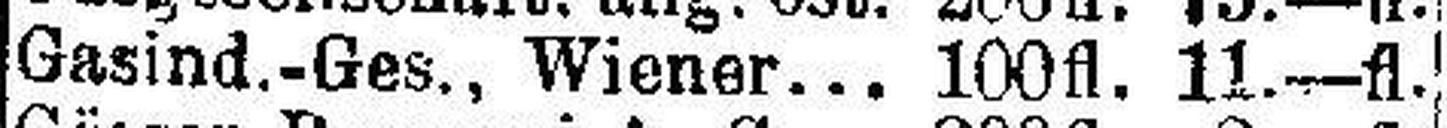
Gasind.-Ges., Wiener... 100fl. 11—fl.